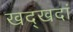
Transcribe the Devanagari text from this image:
खद्खदां